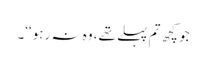
جو کچھ تم پہلے تھے، وہ نہ رہو‘‘۔